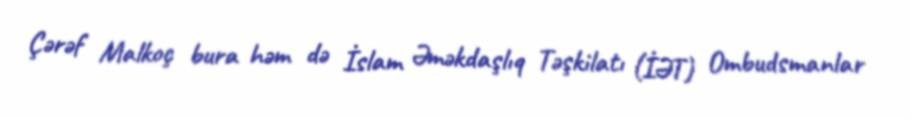
Çərəf Malkoç bura həm də İslam Əməkdaşlıq Təşkilatı (İƏT) Ombudsmanlar